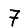
Digit: 7